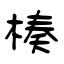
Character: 楱